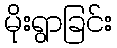
မိုးရွာခြင်း